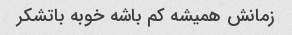
زمانش همیشه کم باشه خوبه باتشکر